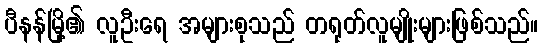
ပီနန်မြို့၏ လူဦးရေ အများစုသည် တရုတ်လူမျိုးများဖြစ်သည်။